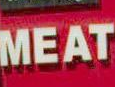
MEAT